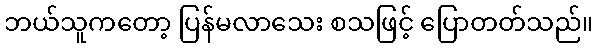
ဘယ်သူကတော့ ပြန်မလာသေး စသဖြင့် ပြောတတ်သည်။